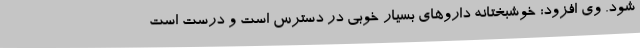
شود. وی افزود: خوشبختانه داروهای بسیار خوبی در دسترس است و درست است